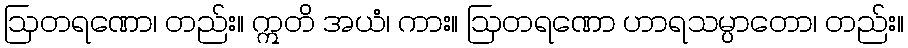
ဩတရဏော၊ တည်း။ ဣတိ အယံ၊ ကား။ ဩတရဏော ဟာရသမ္ပာတော၊ တည်း။